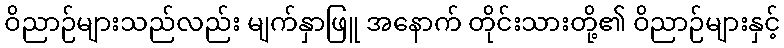
ဝိညာဉ်များသည်လည်း မျက်နှာဖြူ အနောက် တိုင်းသားတို့၏ ဝိညာဉ်များနှင့်